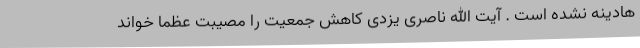
هادینه نشده است . آیت الله ناصری یزدی کاهش جمعیت را مصیبت عظما خواند